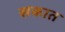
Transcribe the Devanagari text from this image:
सकात